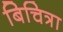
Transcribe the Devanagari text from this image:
बिचित्रा